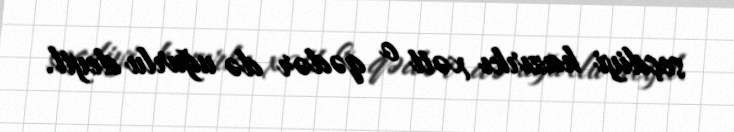
seçdiyi hazırkı xətt o qədər də uğurlu deyil.